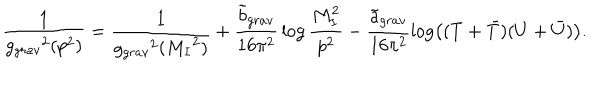
LaTeX: { \frac { 1 } { { g _ { g r a v } } ^ { 2 } ( p ^ { 2 } ) } } = { \frac { 1 } { { g _ { g r a v } } ^ { 2 } ( { M _ { I } } ^ { 2 } ) } } + { \frac { { \tilde { b } } _ { g r a v } } { 1 6 \pi ^ { 2 } } } \log { \frac { M _ { I } ^ { 2 } } { p ^ { 2 } } } - \frac { { \tilde { a } } _ { g r a v } } { 1 6 \pi ^ { 2 } } \log \left( ( T + { \bar { T } } ) ( U + { \bar { U } } ) \right) .